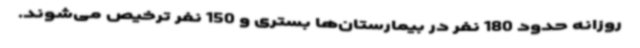
روزانه حدود 180 نفر در بیمارستان‌ها بستری و 150 نفر ترخیص می‌شوند.